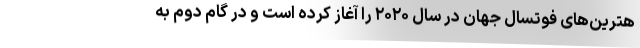
هترین‌های فوتسال جهان در سال ۲۰۲۰ را آغاز کرده است و در گام دوم به